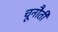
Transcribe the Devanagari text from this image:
चूनौती